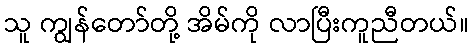
သူ ကျွန်တော်တို့ အိမ်ကို လာပြီးကူညီတယ်။